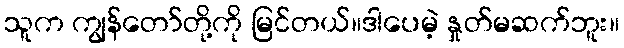
သူက ကျွန်တော်တို့ကို မြင်တယ်။ဒါပေမဲ့ နှုတ်မဆက်ဘူး။